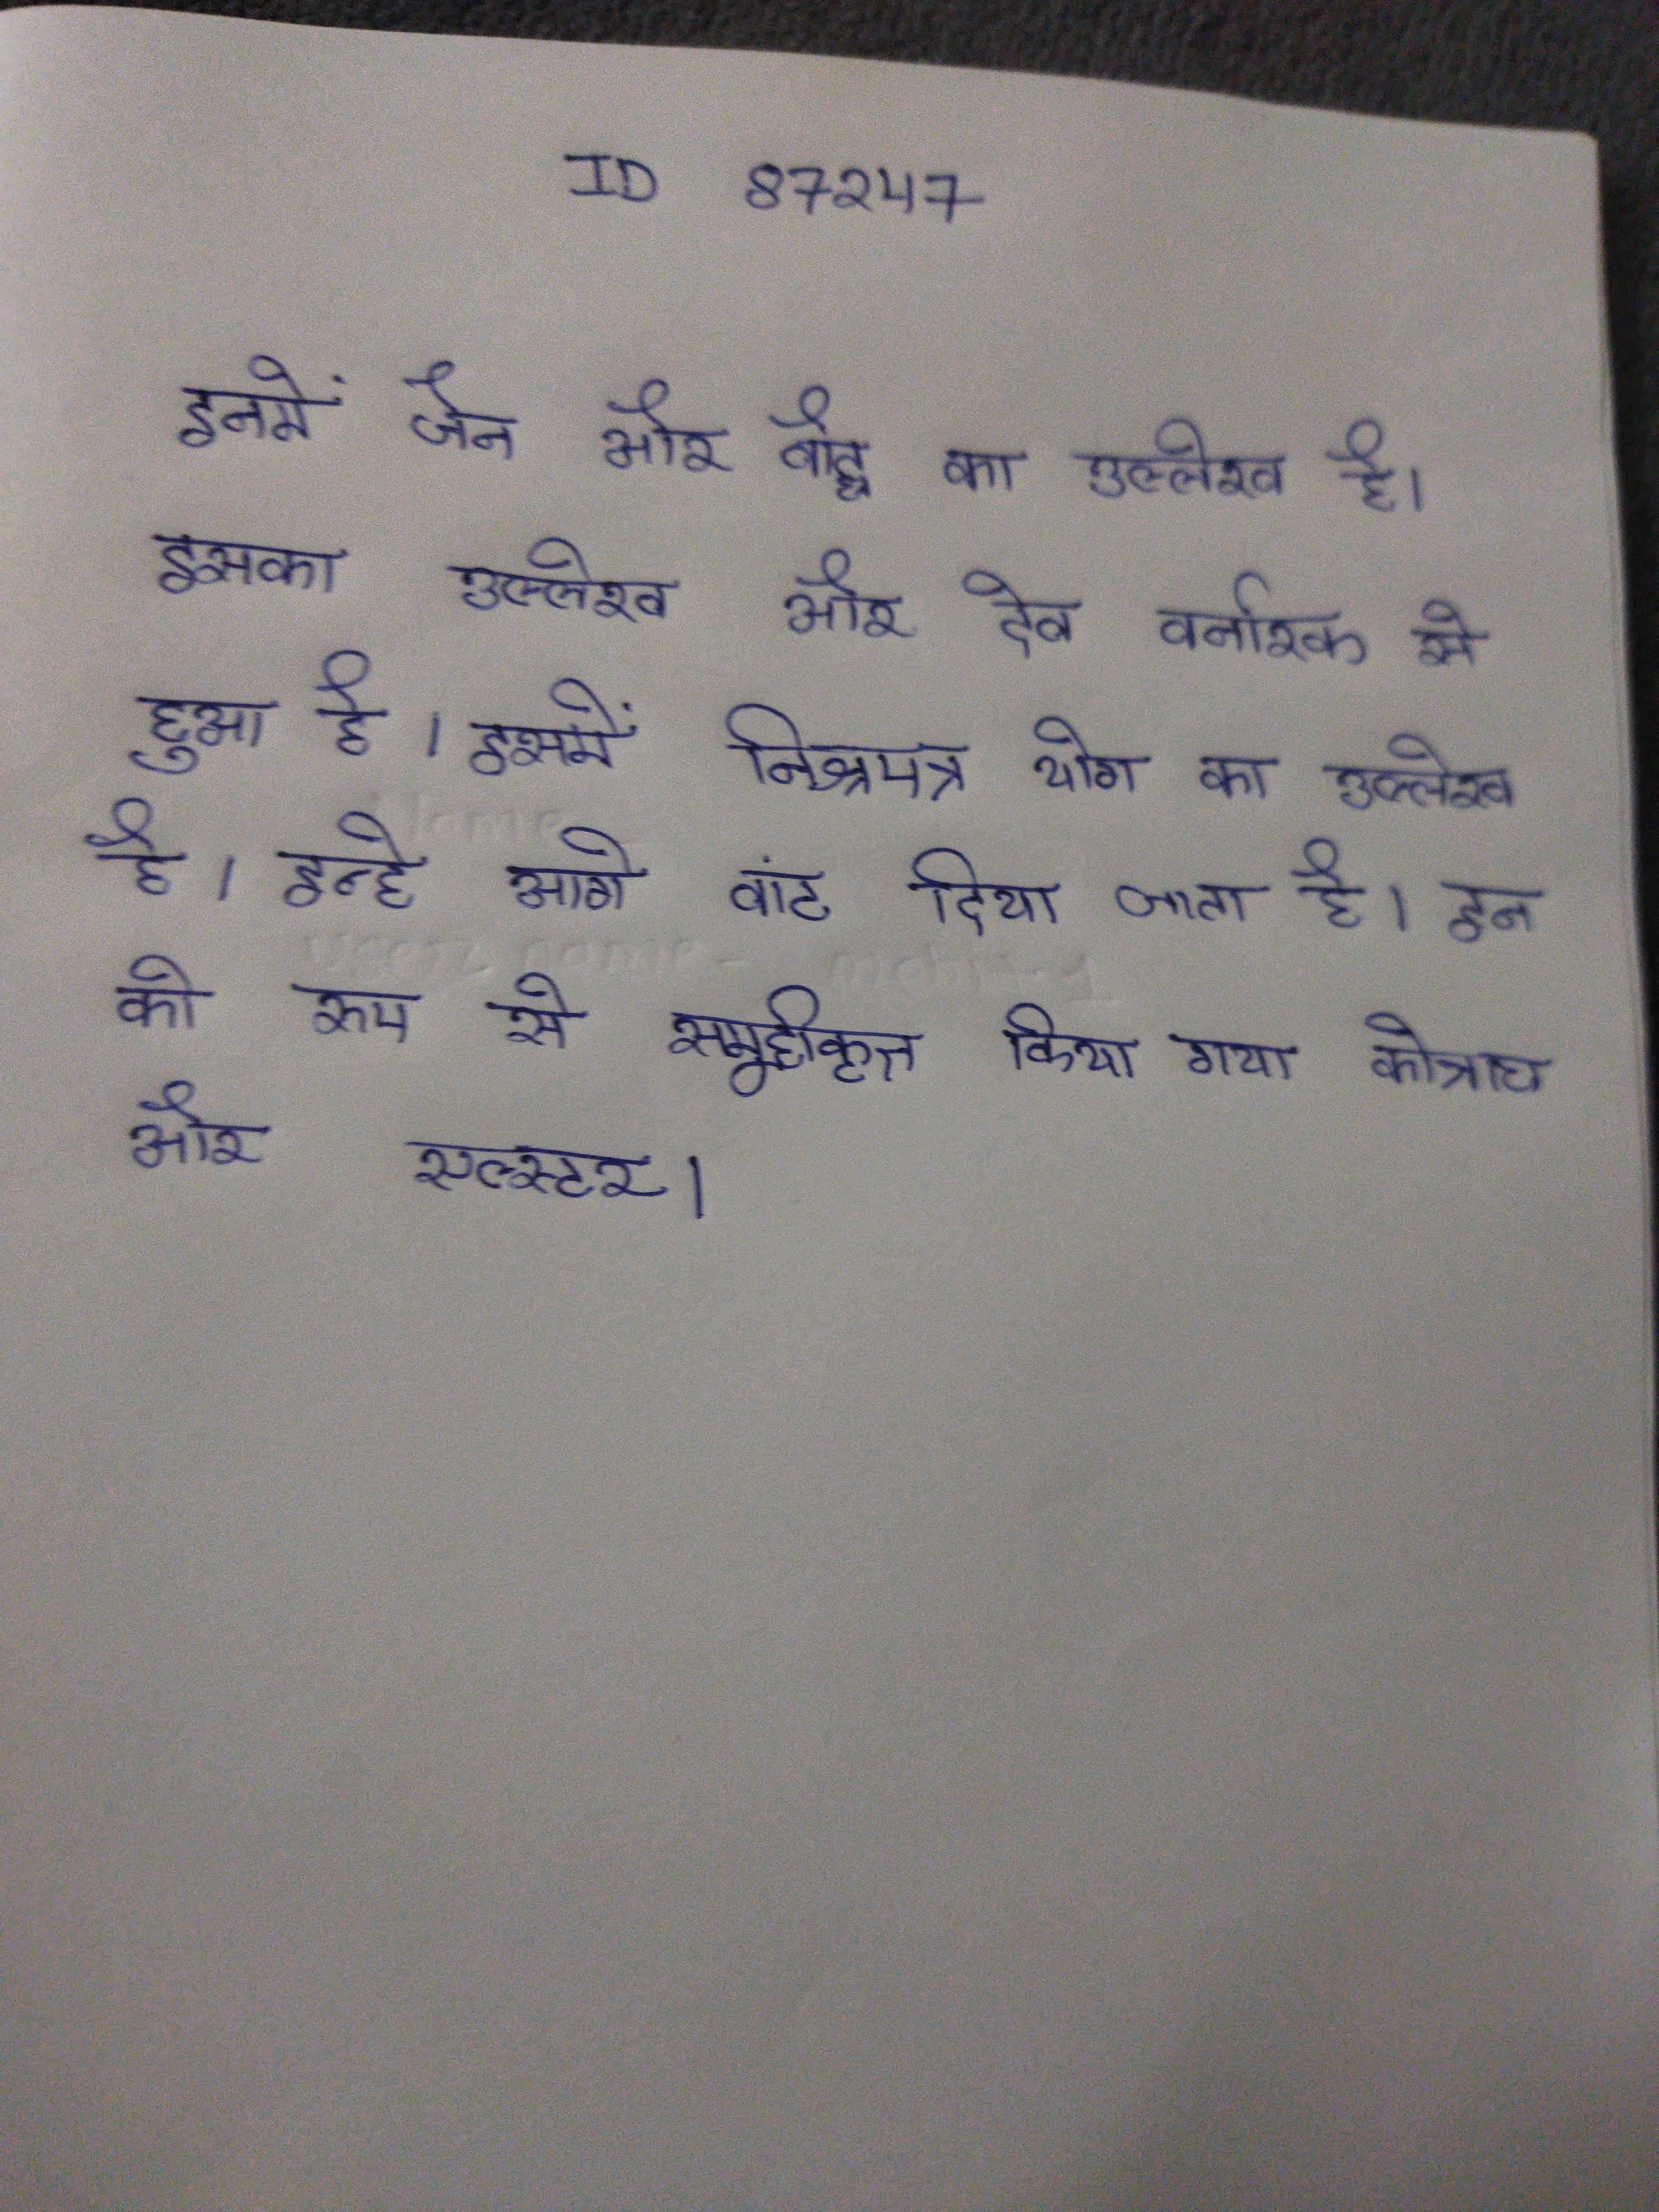
इनका उल्लेख जैन और बौद्ध मिलता है । इनका उल्लेख और देव बर्नारक से मिले हुआ है । इनका उल्लेख निष्पन्न योग मिलता है । इन को आगे विभाजित किया जाता है । इन को रूप से समूहीकृत किए गए - कोन्नाच और अलस्टर .